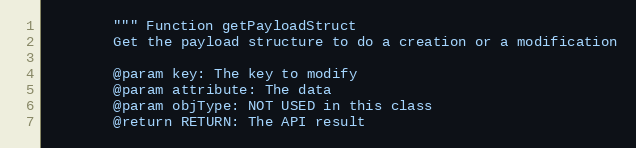
Language: Python
        """ Function getPayloadStruct
        Get the payload structure to do a creation or a modification

        @param key: The key to modify
        @param attribute: The data
        @param objType: NOT USED in this class
        @return RETURN: The API result